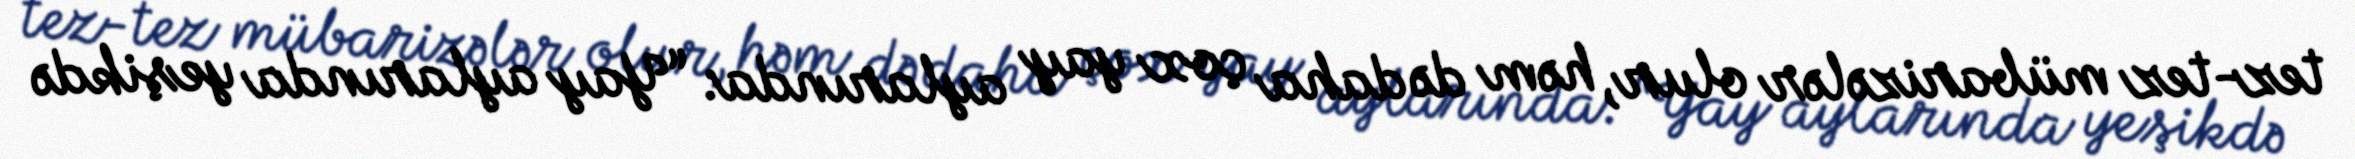
tez-tez mübarizələr olur, həm də daha çox yay aylarında: “Yay aylarında yeşikdə